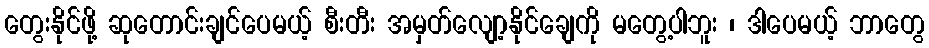
တွေးနိုင်ဖို့ ဆုတောင်းချင်ပေမယ့် စီးတီး အမှတ်လျော့နိုင်ချေကို မတွေ့ပါဘူး ၊ ဒါပေမယ့် ဘာတွေ